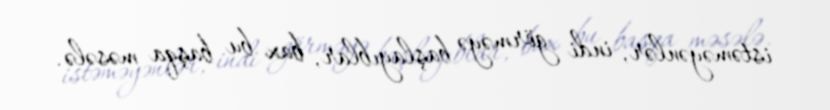
istəməyənlər, indi görməyə başlayıblar, bax bu başqa məsələ.